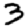
Digit: 3